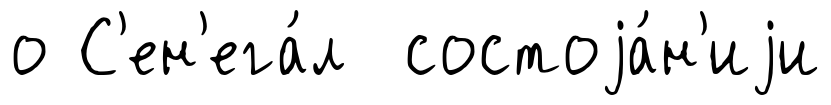
о С'ен'ега́л состоjа́н'иjи